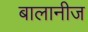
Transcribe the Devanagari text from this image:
बालानीज